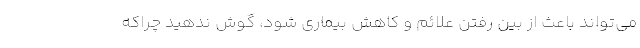
می‌تواند باعث از بین رفتن علائم و کاهش بیماری شود، گوش ندهید چراکه